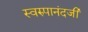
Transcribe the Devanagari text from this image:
स्वरुपानंदजी